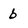
Character: b